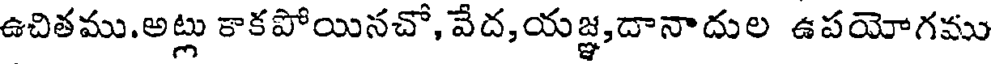
ఉచితము.అట్లు కాకపోయినచో, వేద,యజ్ఞ,దానాదుల ఉపయోగము